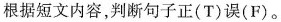
根据短文内容，判断句子正（T）误（F）。